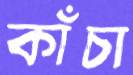
কাঁচা